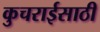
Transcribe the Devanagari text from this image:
कुचराईसाठी